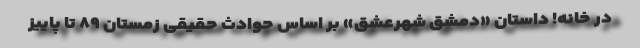
در خانه! داستان «دمشق شهرعشق» بر اساس حوادث حقیقی زمستان ۸۹ تا پاییز